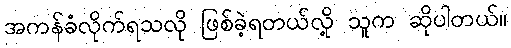
အကန်ခံလိုက်ရသလို ဖြစ်ခဲ့ရတယ်လို့ သူက ဆိုပါတယ်။